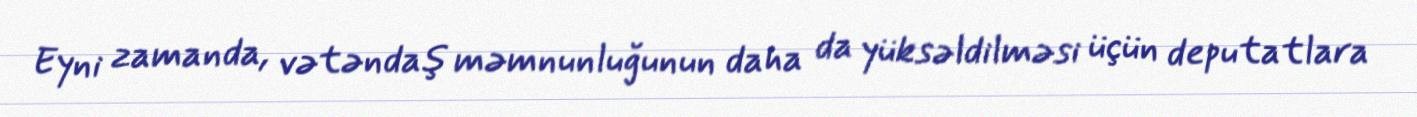
Eyni zamanda, vətəndaş məmnunluğunun daha da yüksəldilməsi üçün deputatlara